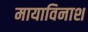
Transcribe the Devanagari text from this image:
मायाविनाश